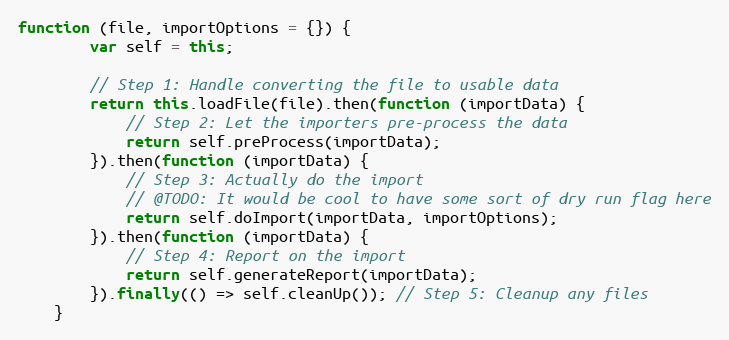
Language: JavaScript
function (file, importOptions = {}) {
        var self = this;

        // Step 1: Handle converting the file to usable data
        return this.loadFile(file).then(function (importData) {
            // Step 2: Let the importers pre-process the data
            return self.preProcess(importData);
        }).then(function (importData) {
            // Step 3: Actually do the import
            // @TODO: It would be cool to have some sort of dry run flag here
            return self.doImport(importData, importOptions);
        }).then(function (importData) {
            // Step 4: Report on the import
            return self.generateReport(importData);
        }).finally(() => self.cleanUp()); // Step 5: Cleanup any files
    }